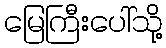
မြေကြီးပေါ်သို့